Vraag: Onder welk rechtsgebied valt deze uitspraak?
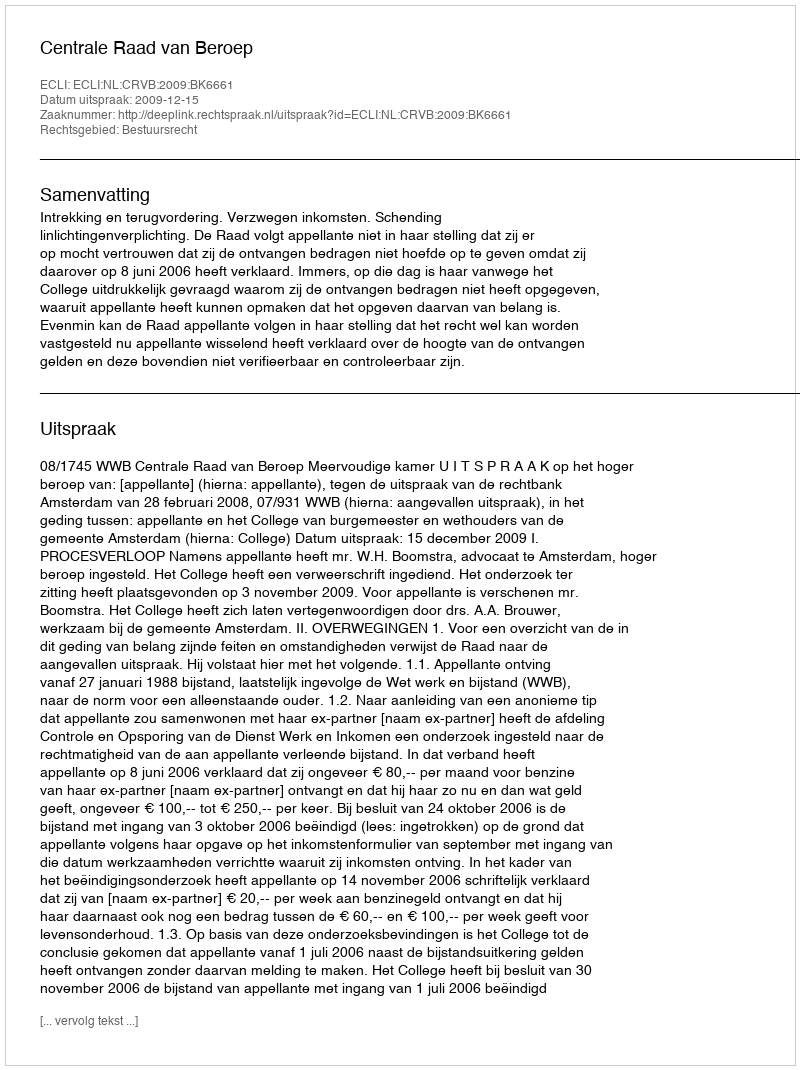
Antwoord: Bestuursrecht